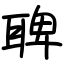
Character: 聛